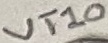
Text: VT10